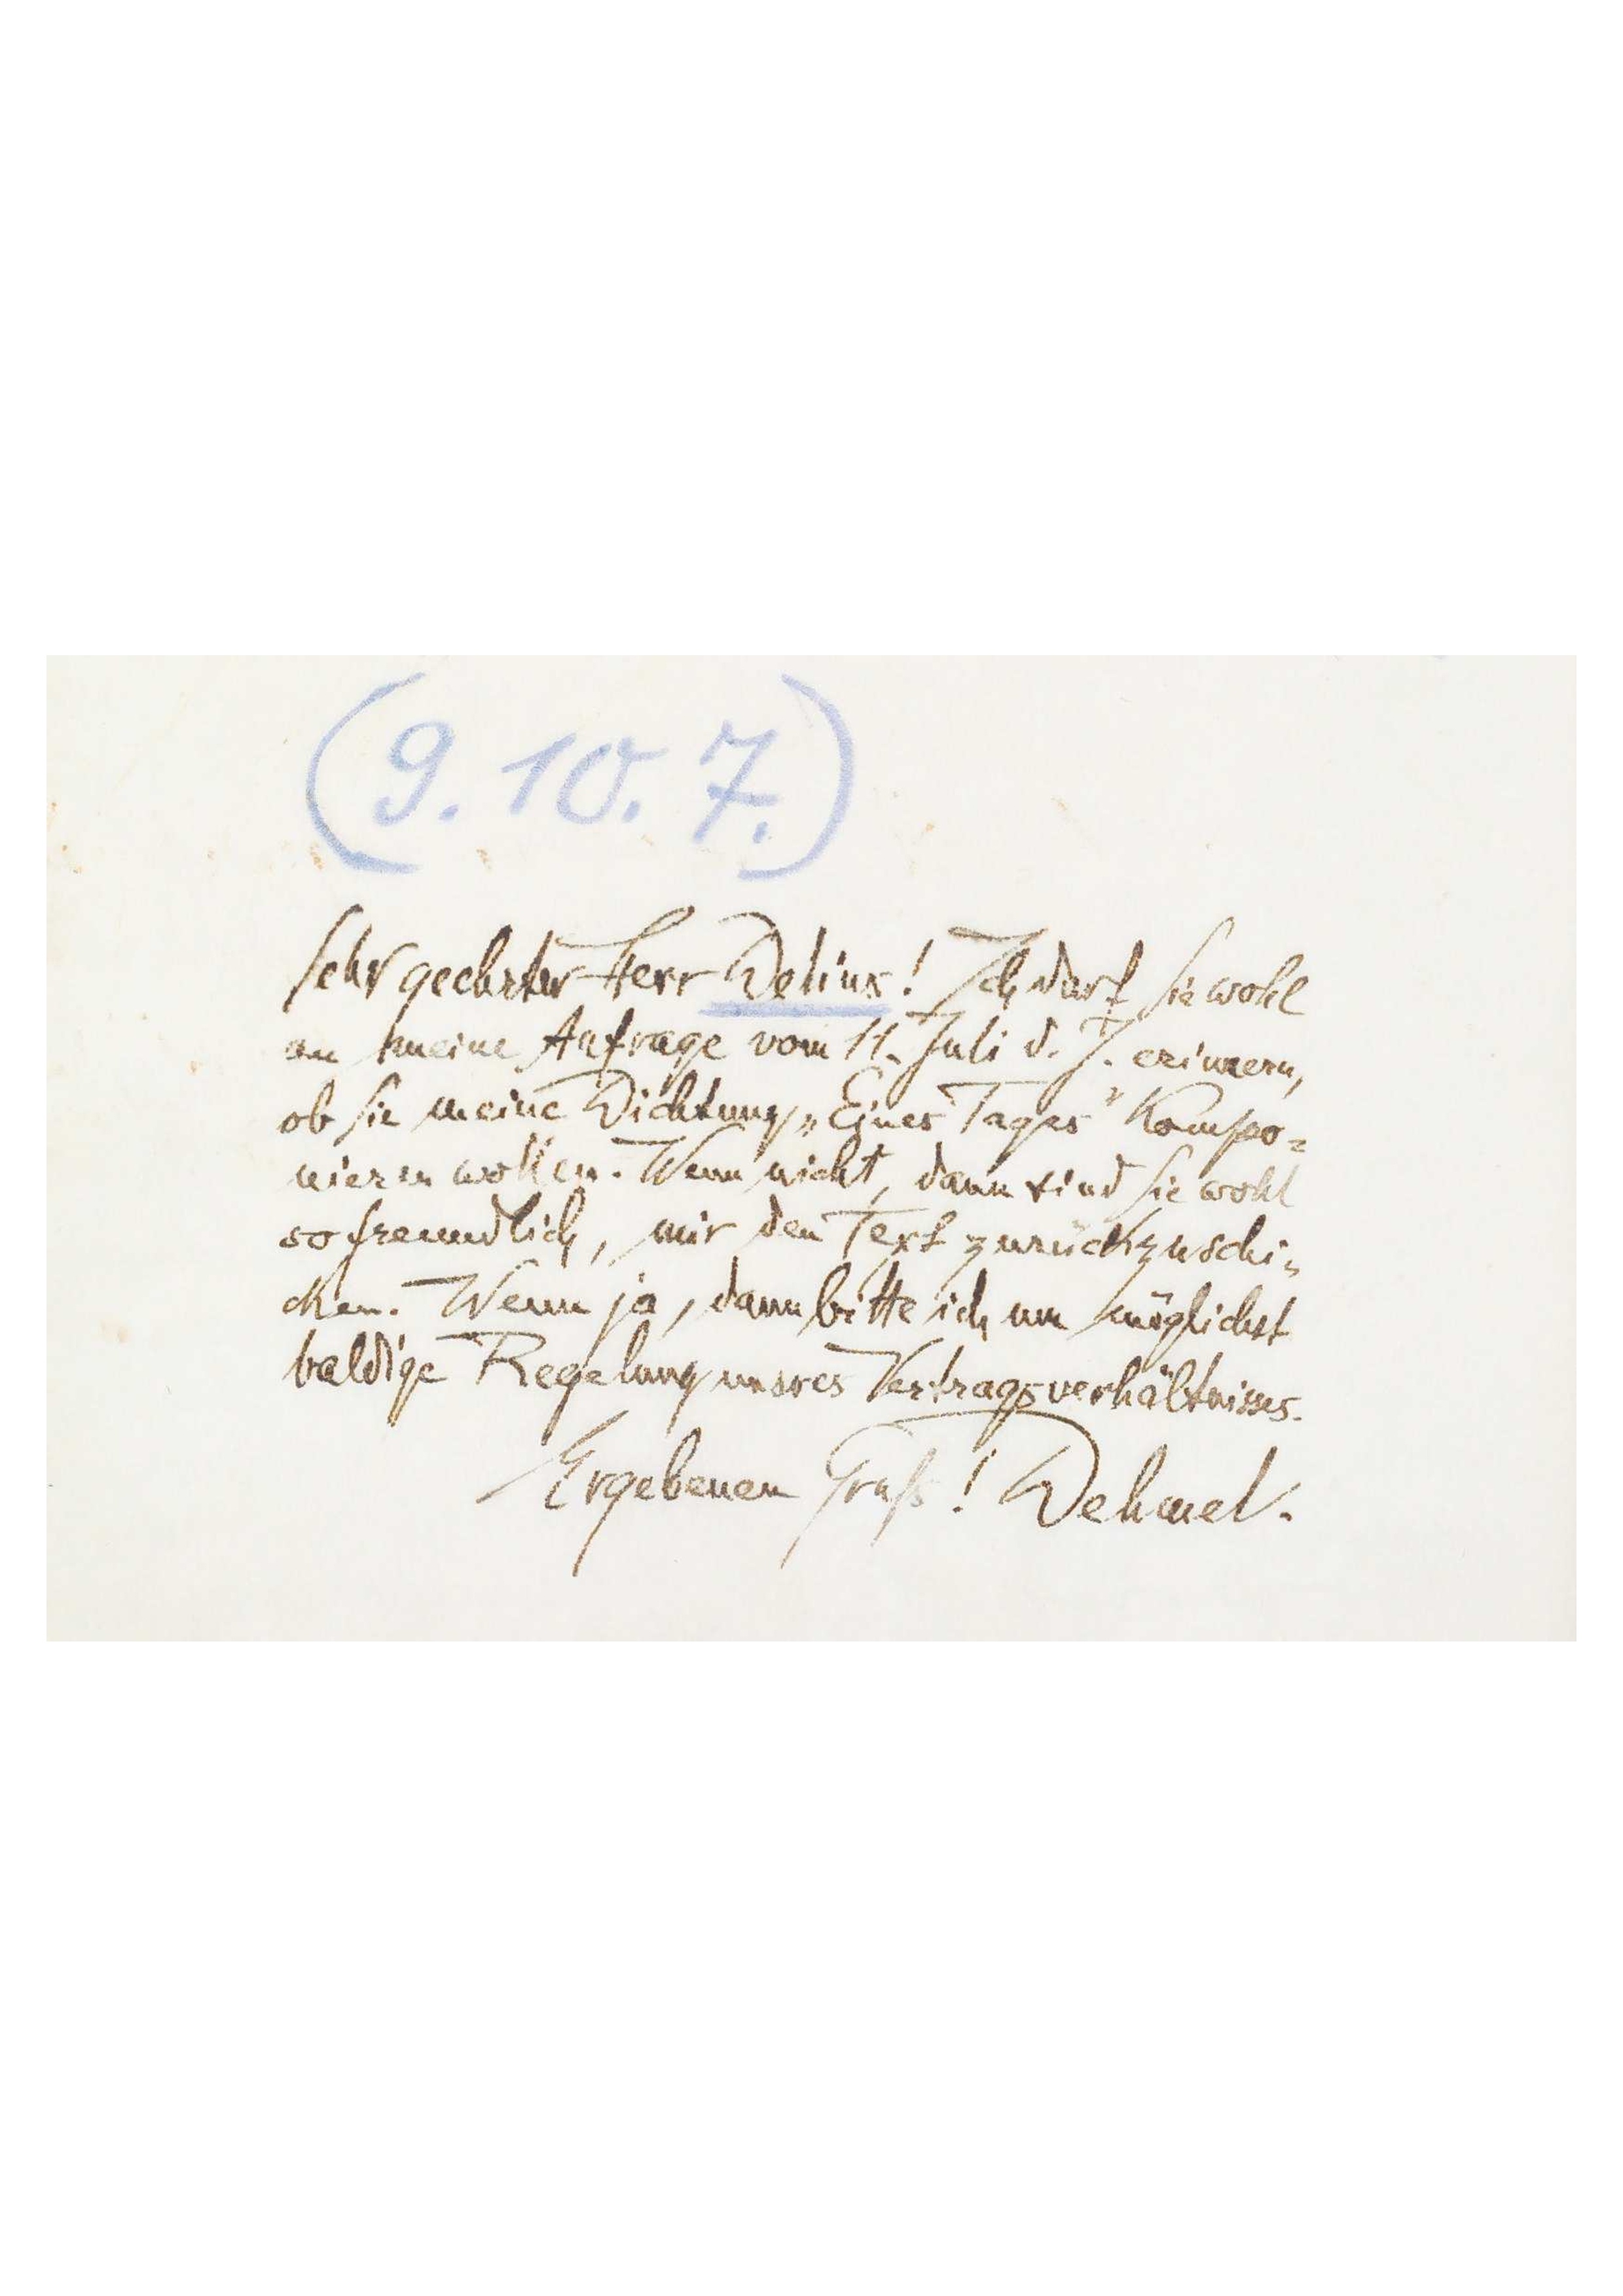
9.10.7
Sehr geehrter Herr Delius! Ich darf Sie wohl
an meine Anfrage vom 11. Juli d. J. erinnern,
ob Sie meine Dichtung „Eines Tages‟ kompo-
nieren wollen. Wenn nicht, dann sind Sie wohl
so freundlich, mir den Text zurückzuschic-
ken. Wenn ja, dann bitte ich um möglichst
baldige Regelung unseres Vertragsverhältnisses.
Ergebenen Gruß! Dehmel.